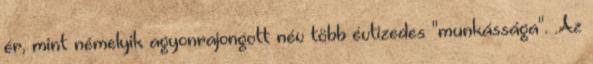
ér, mint némelyik agyonrajongott név több évtizedes "munkássága". .Az